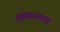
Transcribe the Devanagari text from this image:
संस्थानतथा